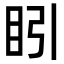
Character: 䀕